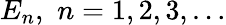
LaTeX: E_{n},\, \, n=1,2,3,\ldots